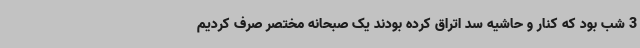
3 شب بود که کنار و حاشیه سد اتراق کرده بودند یک صبحانه مختصر صرف کردیم